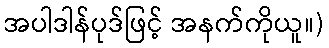
အပါဒါန်ပုဒ်ဖြင့် အနက်ကိုယူ။)